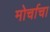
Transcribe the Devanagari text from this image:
मोर्चाचा